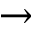
\rightarrow